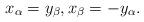
LaTeX: \begin{align*}x_\alpha = y_\beta,x_\beta = -y_\alpha.\end{align*}